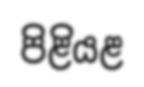
පිළියළ